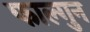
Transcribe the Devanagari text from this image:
फाल्‍गुन